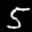
Label: 5